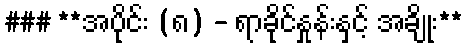
### **အပိုင်း (၈) - ရာခိုင်နှုန်းနှင့် အချိုး**